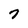
Character: 7